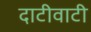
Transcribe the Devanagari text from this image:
दाटीवाटी